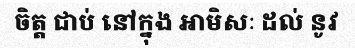
ចិត្ត ជាប់ នៅក្នុង អាមិសៈ ដល់ នូវ